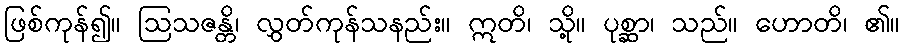
ဖြစ်ကုန်၍။ ဩသဇန္တိ၊ လွှတ်ကုန်သနည်း။ ဣတိ၊ သို့။ ပုစ္ဆာ၊ သည်။ ဟောတိ၊ ၏။